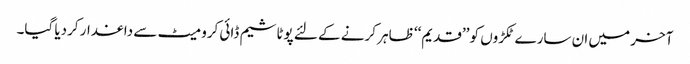
آخر میں ان سارے ٹکڑوں کو ’’قدیم‘‘ ظاہر کرنے کے لئے پوٹاشیم ڈائی کرومیٹ سے داغدار کردیا گیا۔